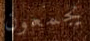
يجمعون